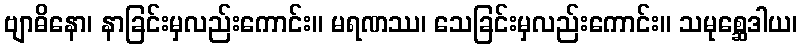
ဗျာဓိနော၊ နာခြင်းမှလည်းကောင်း။ မရဏဿ၊ သေခြင်းမှလည်းကောင်း။ သမုစ္ဆေဒါယ၊